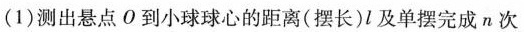
(1)测出悬点O到小球球心的距离(摆长)l及单摆完成n次